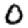
Digit: 0